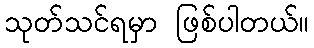
သုတ်သင်ရမှာ ဖြစ်ပါတယ်။